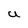
Character: U